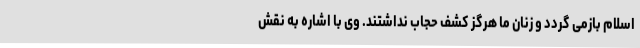
اسلام بازمی گردد و زنان ما هرگز کشف حجاب نداشتند. وی با اشاره به نقش